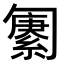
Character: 𫧆